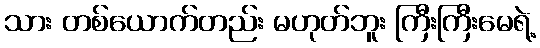
သား တစ်ယောက်တည်း မဟုတ်ဘူး ကြီးကြီးမေရဲ့